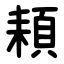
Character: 頛